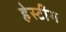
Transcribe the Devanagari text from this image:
हेस्टींग